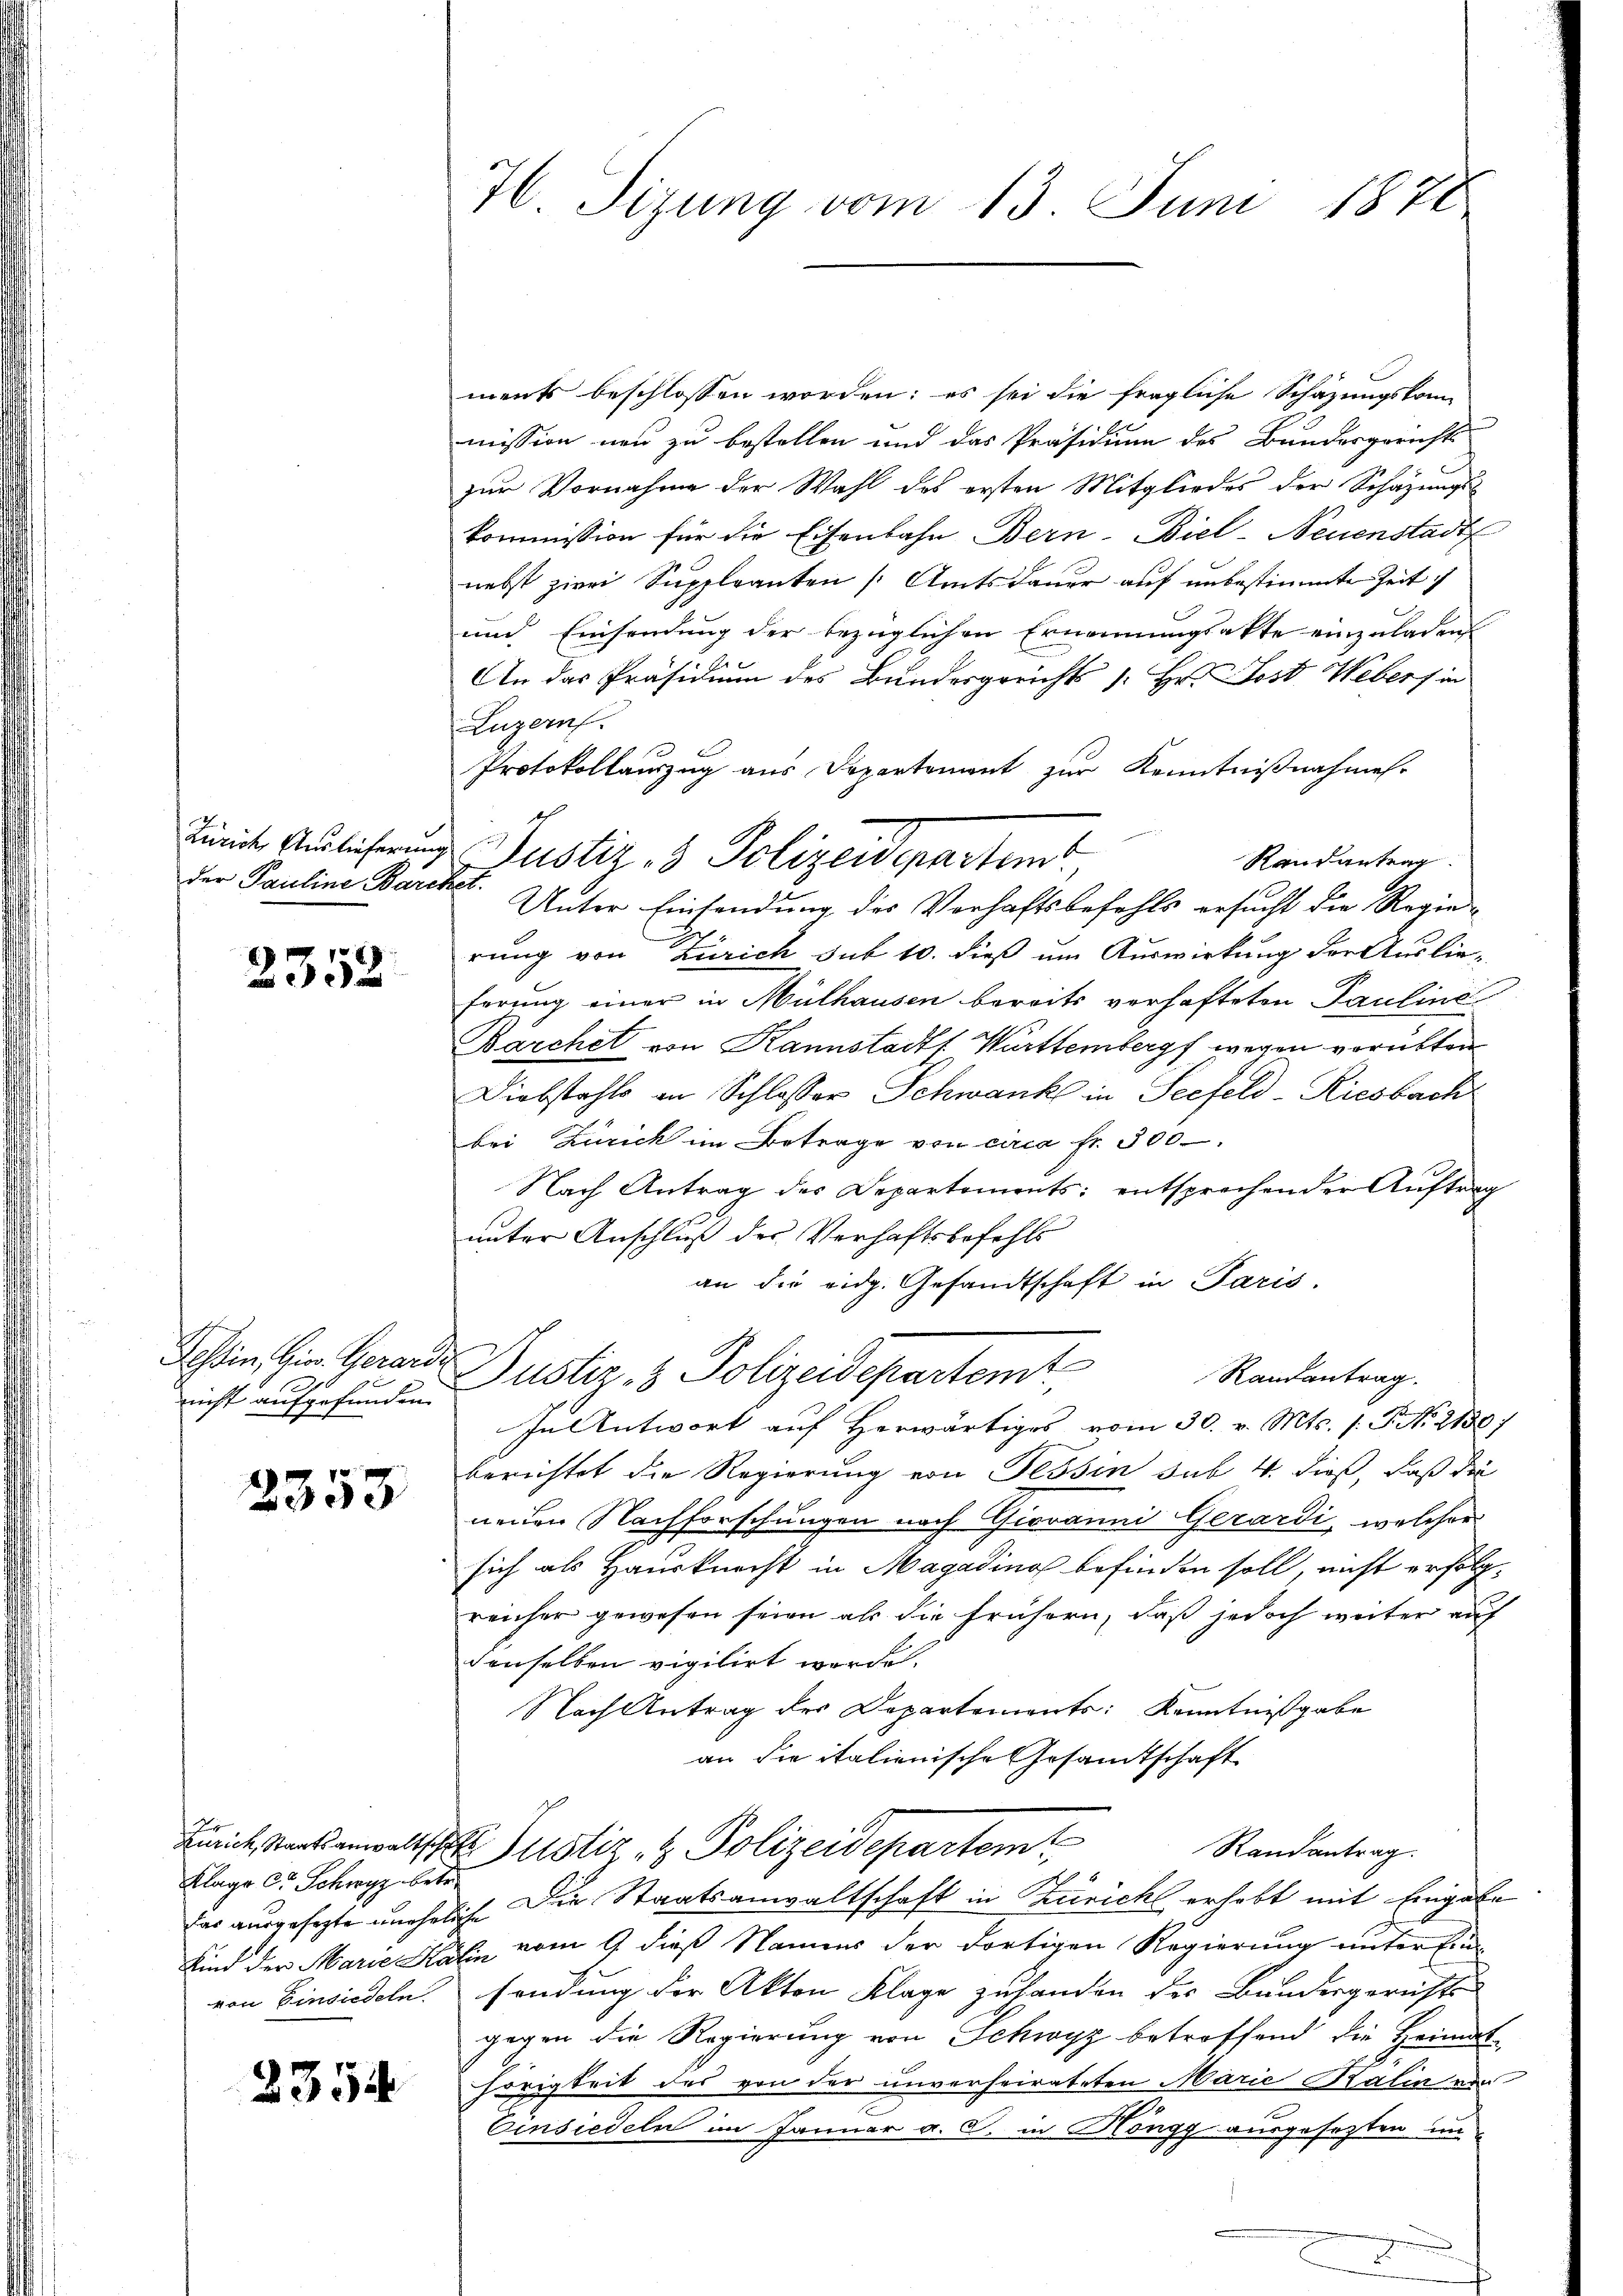
der Pauline Barcket.

2352.

nicht aufgefunden.

2353

Klage er Schwyz betr

2354

Hl. Sizung vom 13. Juni 1878

Zeit Auslicherung Justiz & Polizeidepartem
Unter Einsendung des Verhaftsbefehls ersucht die Regie¬

ments beschlossen worden; es sei die fragliche Schazungskom-
mission neu zu bestellen und das Präsidium des Bundesgericht
zur Vornahme der Wahl des ersten Mitgliedes der Schazungs-
kommission für die Eisenbahn Bern-Biel-Neuenstadt
nebst zwei Suppleanten (Amtsdauer auf unbestimmte Zeit
und Einsendung der bezüglichen Ernennungsakte einzuladen
An das Präsidium des Bundesgerichts (: Hr. Jost Webers in
Luzern.
Protokollauszug aus Departement zur Kenntnißnahmen.
Randantrag.
rung von Zürich sub 10. dieß um Auswirkung der Auslieferung einer in Mülhausen bereits verhafteten Pauline
Barchet von Kannstadtf Württemberg wegen vorübten¬
Diebstahls an Schlosser Schwank in Seefeld-Riesbach
bei Zürich im Betrage von circa Fr. 300
Nach Antrag des Departements: entsprechender Auftrag
unter Anschluß des Verhaftsbefehls
an die eidg. Gesandtschaft in Paris.
Tessin, Gin. Gerard Justiz- & Polizeidepartem Randantrag.
In Antwort auf Herwärtiges vom 30. v. Mts. s. S. No. 2130
berichtet die Regierung von Tessin sub 4. dieß, daß die
nenen Nachforschungen nach Giovanni Gerardi, welcher
sich als Hausknecht in Magading befinden soll, nicht erfolg
reicher gewesen seien als die frühern, daß jedoch weiter auf
denselben vigilirt worden.
Nach Antrag der Departements: Kenntnißgabe
an die italienische Gesamtschaft
Zürich staatsanwaltsche Justiz- & Polizeidepartem
Randantrag.
der ausgesagte uneheliche Die Staatsanwaltschaft in Züricht erhebt mit Eingabe
Kind der Marie Kälin vom 9. dieß Namens der dortigen Regierung unter Einvon Einsiedeln. sendung der Akten Klage zuhanden des Bundesgerichts-
gegen die Regierung von Schwyz betroffend die Heimat-
hörigkeit des von der unverheirateten Marie Kalin von
Einsiedeln im Januar a. c. in Höngg ausgesezten un